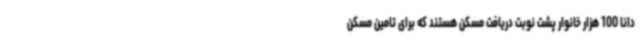
دانا 100 هزار خانوار پشت نوبت دریافت مسکن هستند که برای تامین مسکن